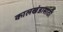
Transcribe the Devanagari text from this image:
कालखंडासाठी